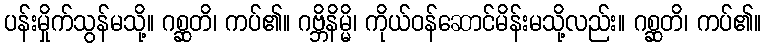
ပန်းမှိုက်သွန်မသို့။ ဂစ္ဆတိ၊ ကပ်၏။ ဂဗ္ဘိနိမ္မိ၊ ကိုယ်ဝန်ဆောင်မိန်းမသို့လည်း။ ဂစ္ဆတိ၊ ကပ်၏။